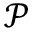
\mathcal { P }